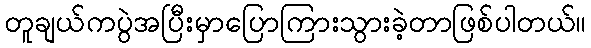
တူချယ်ကပွဲအပြီးမှာပြောကြားသွားခဲ့တာဖြစ်ပါတယ်။